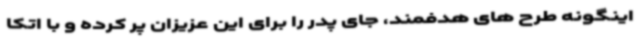
اینگونه طرح های هدفمند، جای پدر را برای این عزیزان پر کرده و با اتکا